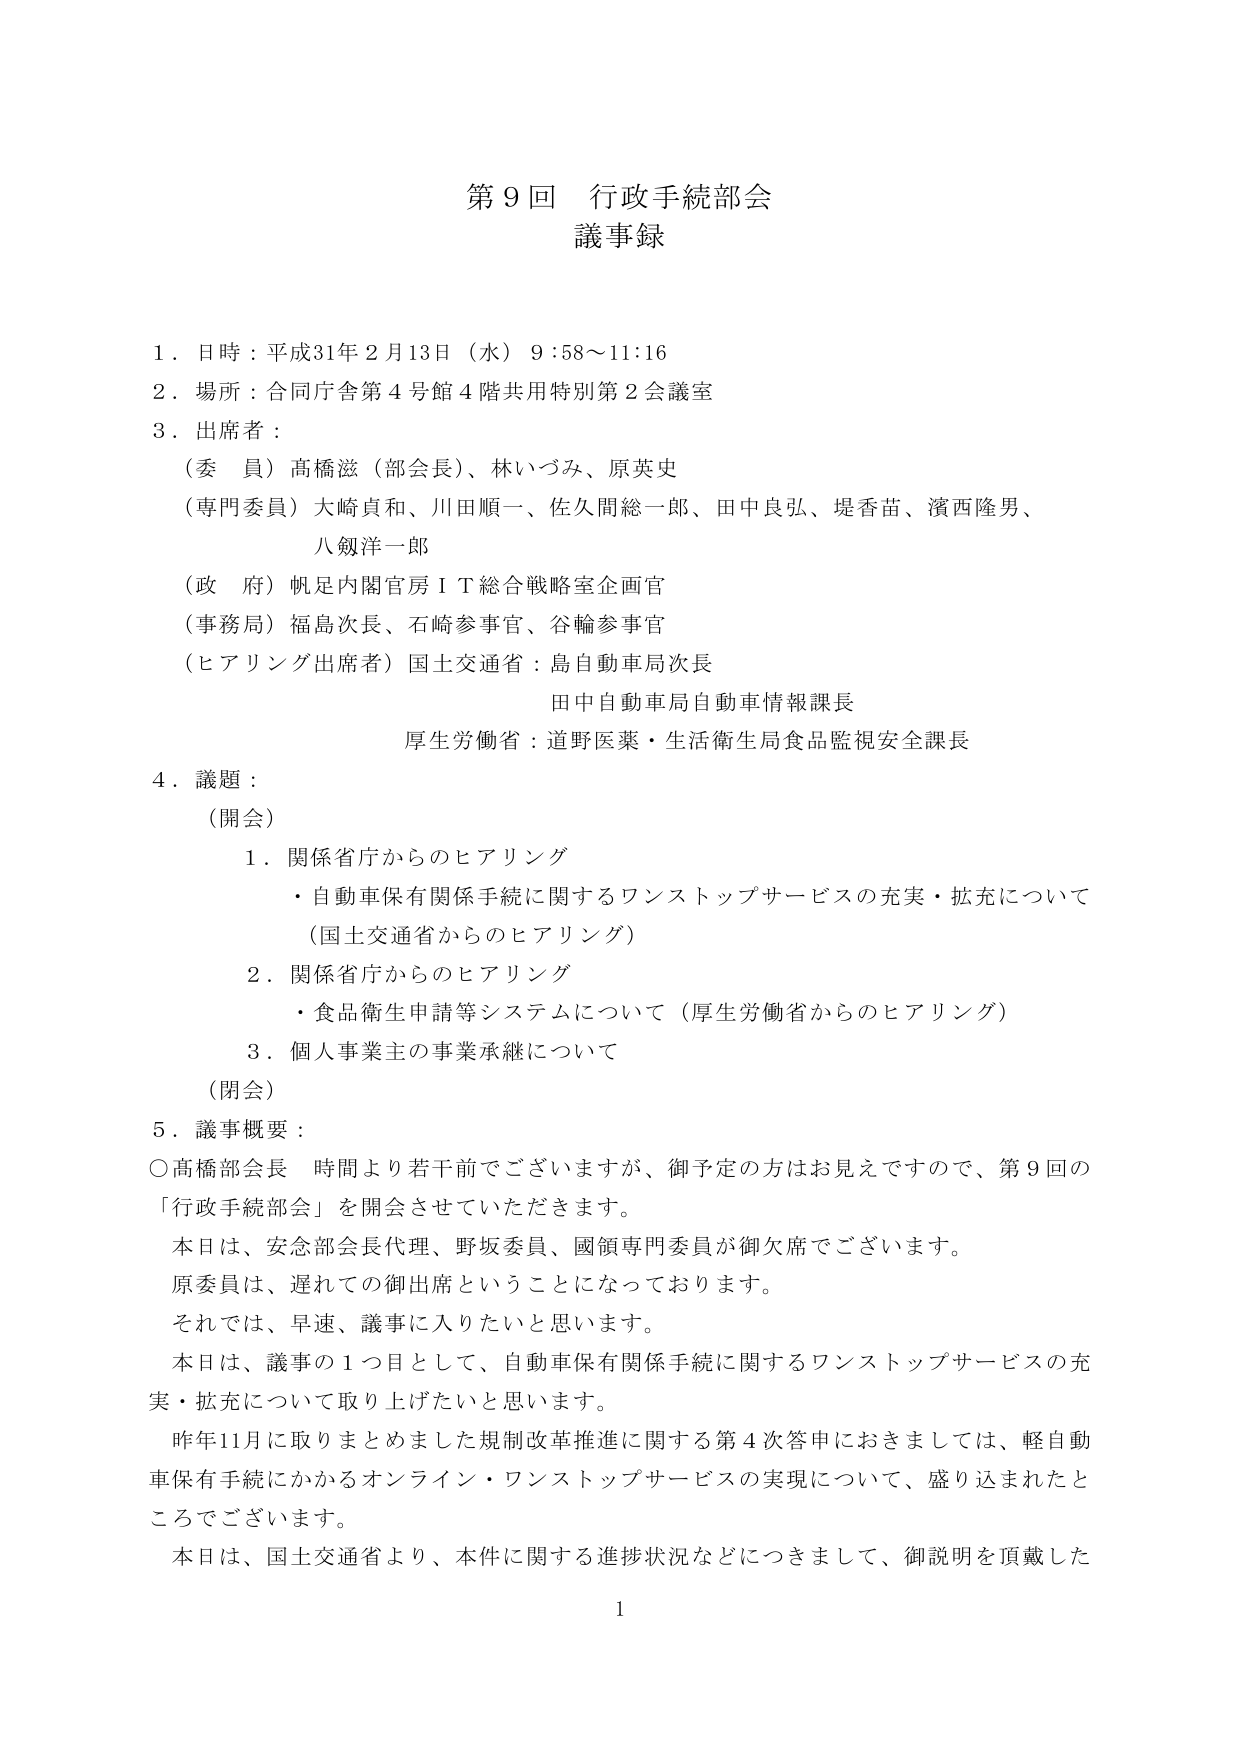
第９回 行政手続部会
議事録

１．日時：平成31年２月13日（水）９：58～11：16
２．場所：合同庁舎第４号館４階共用特別第２会議室
３．出席者：
　（委員）高橋滋（部会長）、林いづみ、原英史
　（専門委員）大崎貞和、川田順一、佐久間総一郎、田中良弘、堤香苗、濱西隆男、
　　　　　八剱洋一郎
　（政府）帆足内閣官房ＩＴ総合戦略室企画官
　（事務局）福島次長、石崎参事官、谷輪参事官
　（ヒアリング出席者）国土交通省：島自動車局次長
　　　　　　　　　　　田中自動車局自動車情報課長
　　　　　　　　　　　厚生労働省：道野医薬・生活衛生局食品監視安全課長

４．議題：
　（開会）
　　１．関係省庁からのヒアリング
　　　・自動車保有関係手続に関するワンストップサービスの充実・拡充について
　　　　（国土交通省からのヒアリング）
　　２．関係省庁からのヒアリング
　　　・食品衛生申請等システムについて（厚生労働省からのヒアリング）
　　３．個人事業主の事業承継について
　（閉会）

５．議事概要：
　○高橋部会長　時間より若干前でございますが、御予定の方はお見えですので、第９回の
　　「行政手続部会」を開会させていただきます。
　　本日は、安念部会長代理、野坂委員、國領専門委員が御欠席でございます。
　　原委員は、遅れての御出席ということになっております。
　　それでは、早速、議事に入りたいと思います。
　　本日は、議事の１つ目として、自動車保有関係手続に関するワンストップサービスの充
　　実・拡充について取り上げたいと思います。
　　昨年11月に取りまとめました規制改革推進に関する第４次答申におきましては、軽自動
　　車保有手続にかかるオンライン・ワンストップサービスの実現について、盛り込まれたと
　　ころでございます。
　　本日は、国土交通省より、本件に関する進捗状況などにつきまして、御説明を頂戴した

1